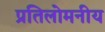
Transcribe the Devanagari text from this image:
प्रतिलोमनीय